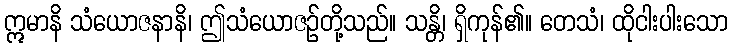
ဣမာနိ သံယောဇနာနိ၊ ဤသံယောဇဉ်တို့သည်။ သန္တိ၊ ရှိကုန်၏။ တေသံ၊ ထိုငါးပါးသော